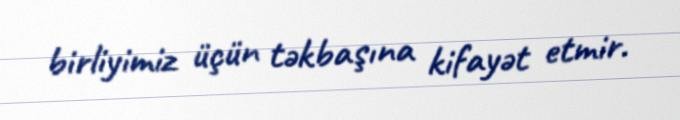
birliyimiz üçün təkbaşına kifayət etmir.